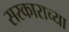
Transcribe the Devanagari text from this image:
सरकाराच्या